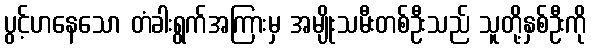
ပွင့်ဟနေသော တံခါးရွက်အကြားမှ အမျိုးသမီးတစ်ဦးသည် သူတို့နှစ်ဦးကို